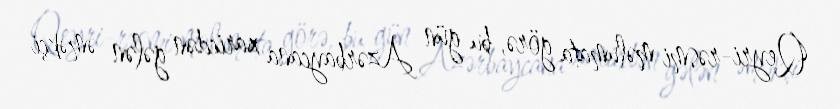
Qeyri-rəsmi məlumata görə, bu gün Azərbaycana xaricdən gələn əməkçi